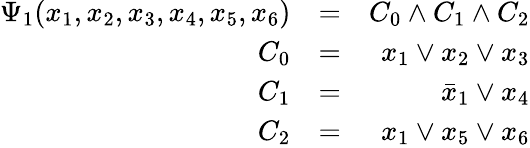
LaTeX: \begin{array}{rlr}{\Psi_{1}(x_{1},x_{2},x_{3},x_{4},x_{5},x_{6})}&{=}&{C_{0}\wedge C_{1}\wedge C_{2}}\\ {C_{0}}&{=}&{x_{1}\vee x_{2}\vee x_{3}}\\ {C_{1}}&{=}&{\bar{x}_{1}\vee x_{4}}\\ {C_{2}}&{=}&{x_{1}\vee x_{5}\vee x_{6}}\end{array}